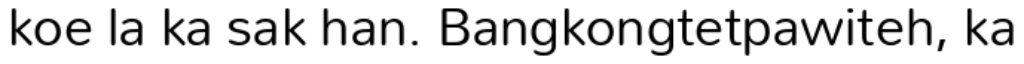
koe la ka sak han. Bangkongtetpawiteh, ka